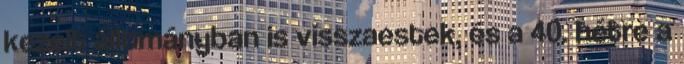
kezelt állományban is visszaestek, és a 40. hétre a